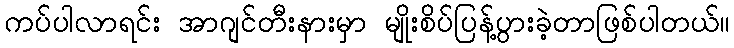
ကပ်ပါလာရင်း အာဂျင်တီးနားမှာ မျိုးစိပ်ပြန့်ပွားခဲ့တာဖြစ်ပါတယ်။